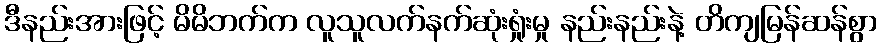
ဒီနည်းအားဖြင့် မိမိဘက်က လူသူလက်နက်ဆုံးရှုံးမှု နည်းနည်းနဲ့ တိကျမြန်ဆန်စွာ